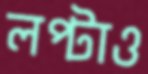
লপ্‌টাও